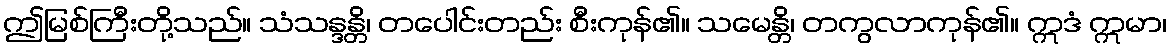
ဤမြစ်ကြီးတို့သည်။ သံသန္ဒန္တိ၊ တပေါင်းတည်း စီးကုန်၏။ သမေန္တိ၊ တကွလာကုန်၏။ ဣဒံ ဣမာ၊